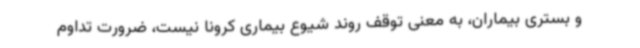
و بستری بیماران، به معنی توقف روند شیوع بیماری کرونا نیست، ضرورت تداوم